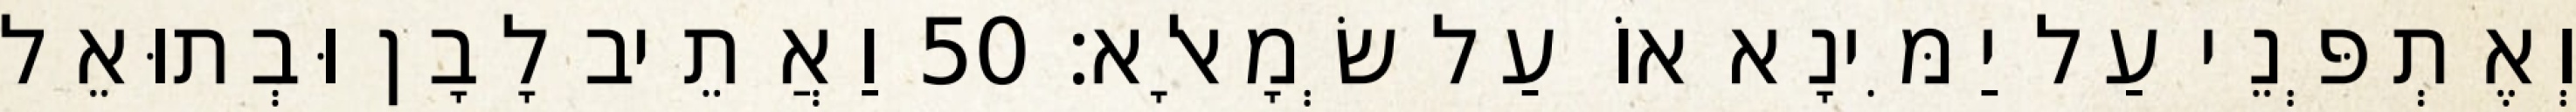
וְאֶתְפְּנֵי עַל יַמִּינָא אוֹ עַל שְׂמָאלָא׃ 50 וַאֲתֵיב לָבָן וּבְתוּאֵל